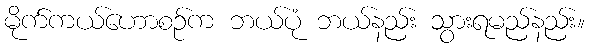
မိုက်ကယ်ဟောစဉ်က ဘယ်ပုံ ဘယ်နည်း သွားရမည်နည်း။